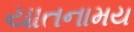
યાતનામય